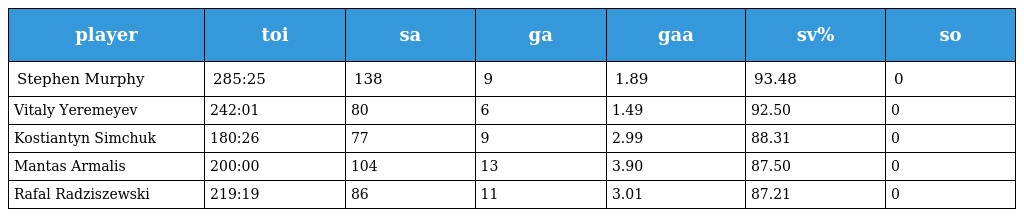
| player | toi | sa | ga | gaa | sv% | so |
 | --- | --- | --- | --- | --- | --- | --- |
 | Stephen Murphy | 285:25 | 138 | 9 | 1.89 | 93.48 | 0 |
 | Vitaly Yeremeyev | 242:01 | 80 | 6 | 1.49 | 92.50 | 0 |
 | Kostiantyn Simchuk | 180:26 | 77 | 9 | 2.99 | 88.31 | 0 |
 | Mantas Armalis | 200:00 | 104 | 13 | 3.90 | 87.50 | 0 |
 | Rafal Radziszewski | 219:19 | 86 | 11 | 3.01 | 87.21 | 0 |